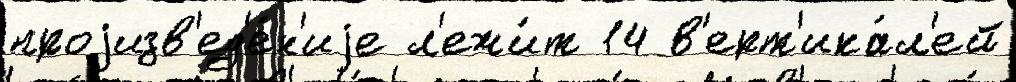
проjизв'ед'е́н'иjе л'ежи́т 14 в'ерт'ика́л'ей